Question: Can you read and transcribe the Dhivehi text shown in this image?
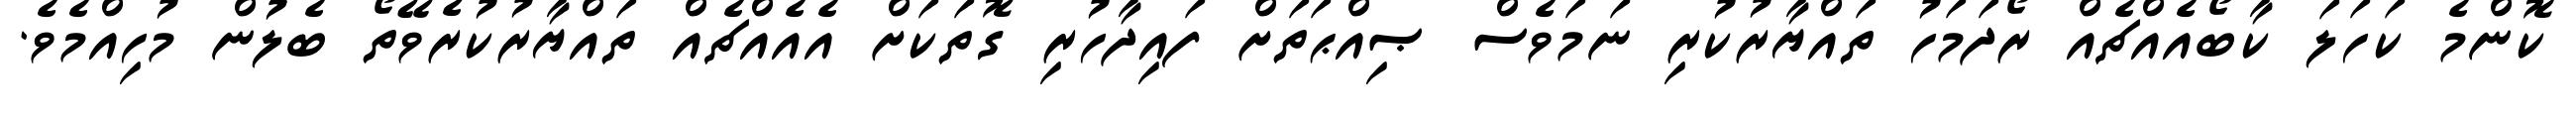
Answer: ކޮންމެ ކަހަލަ ކާބޯއެއްޗެއް ރޯދަމަހު ތައްޔާރުކުރި ނަމަވެސް ޞިއްޙަތަށް ފައިދާހުރި ގޮތަކަށް އެއެއްޗެއް ތައްޔާރުކުރެވޭތޯ ބެލުން މުހިއްމެވެ.